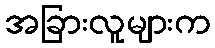
အခြားလူများက